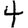
Digit: 4